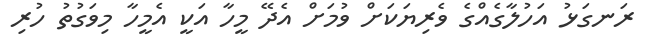
ރަނގަޅު އަހުލާގެއްގެ ވެރިޔަކަށް ވުމަށް އެދޭ މީހާ އަކީ އެމީހާ މިވަގުތު ހުރި